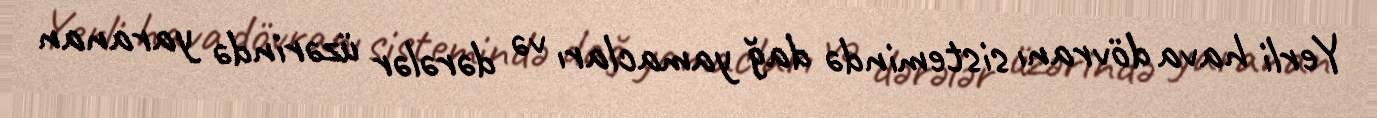
Yerli hava dövranı sistemində dağ yamacları və dərələr üzərində yaranan